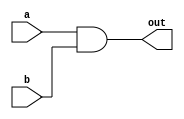
`timescale 1ns/1ps
module AND(a, b, out);
    input a, b;
    output out;
    wire ab;
    nand n1(ab, a, b);
    nand n2(out, ab, ab);
endmodule

module XOR(a, b, out);
    input a, b;
    output out;
    wire nand_ab, nand_aba, nand_abb;
    nand n1(nand_ab, a, b);
    nand n2(nand_aba, nand_ab, a);
    nand n3(nand_abb, nand_ab, b);
    nand n4(out, nand_aba, nand_abb);
endmodule

module OR(a, b, out);
    input a, b;
    output out;
    wire _a, _b;
    NOT n1(a, _a);
    NOT n2(b, _b);
    nand n3(out, _a, _b);
endmodule

module NOT(a, out);
    input a;
    output out;
    nand n1(out, a, a);
endmodule

module Majority(a, b, c, out);
    input a, b, c;
    output out;
    wire w1, w2, w3, w4;
    AND a1(a, b, w1);
    AND a2(b, c, w4);
    AND a3(a, c, w2);
    OR o1(w1, w2, w3);
    OR o2(w3, w4, out);
endmodule

module Half_Adder(a, b, cout, sum);
    input a, b;
    output cout, sum;
    AND a1(a, b, cout);
    XOR x1(a, b, sum);
endmodule

module Full_Adder (a, b, cin, cout, sum);
    input a, b, cin;
    output cout, sum;
    wire xor_ab;
    Majority m1(a, b, cin, cout);
    XOR x1(a, b, xor_ab);
    XOR x2(cin, xor_ab, sum);
endmodule

module Multiplier_4bit(a, b, p);
    input [4-1:0] a, b;
    output [8-1:0] p;
    wire [3:0] b0a, b1a, b2a, b3a;
    wire [12:0] c;
    wire [6:0] s;

    AND b0a0(a[0], b[0], p[0]); //p[0]
    AND b0a1(a[1], b[0], b0a[1]);
    AND b0a2(a[2], b[0], b0a[2]);
    AND b0a3(a[3], b[0], b0a[3]);

    AND b1a0(a[0], b[1], b1a[0]);
    AND b1a1(a[1], b[1], b1a[1]);
    AND b1a2(a[2], b[1], b1a[2]);
    AND b1a3(a[3], b[1], b1a[3]);
    
    AND b2a0(a[0], b[2], b2a[0]);
    AND b2a1(a[1], b[2], b2a[1]);
    AND b2a2(a[2], b[2], b2a[2]);
    AND b2a3(a[3], b[2], b2a[3]);

    AND b3a0(a[0], b[3], b3a[0]);
    AND b3a1(a[1], b[3], b3a[1]);
    AND b3a2(a[2], b[3], b3a[2]);
    AND b3a3(a[3], b[3], b3a[3]);
    
    Half_Adder h1(b0a[1], b1a[0], c[1], p[1]); //p[1]

    Full_Adder f1(c[1], b0a[2], b1a[1], c[2], s[0]); //p[2]
    Half_Adder h2(s[0], b2a[0], c[3], p[2]); 

    Full_Adder f2(c[2], b0a[3], b1a[2], c[4], s[1]);
    Full_Adder f3(c[3], b2a[1], b3a[0], c[5], s[2]); //p[3]
    Half_Adder h3(s[1], s[2], c[6], p[3]); 

    Full_Adder f4(c[4], b1a[3], b2a[2], c[7], s[3]); //p[4]
    Full_Adder f5(c[5], b3a[1], c[6], c[8], s[4]);
    Half_Adder h4(s[3], s[4], c[9], p[4]); 

    Full_Adder f6(c[7], b2a[3], b3a[2], c[10], s[5]); //p[5]
    Full_Adder f7(c[8], c[9], s[5], c[11], p[5]);

    Full_Adder f8(c[10], c[11], b3a[3], p[7], p[6]); //p[6], p[7]

endmodule